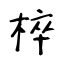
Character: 椊